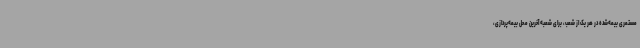
مستمری بیمه‌شده در هر یک از شعب، برای شعبه آخرین محل بیمه‌پردازی،